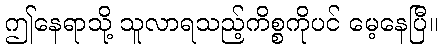
ဤနေရာသို့ သူလာရသည့်ကိစ္စကိုပင် မေ့နေပြီ။